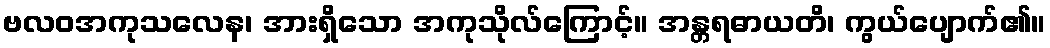
ဗလဝအကုသလေန၊ အားရှိသော အကုသိုလ်ကြောင့်။ အန္တရဓာယတိ၊ ကွယ်ပျောက်၏။